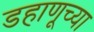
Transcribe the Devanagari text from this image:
डहाणूच्या